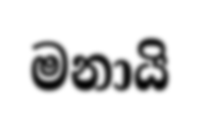
මනායි